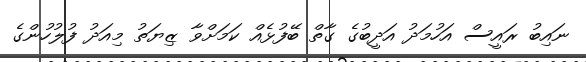
ނައިބު ރައީސް އަހުމަދު އަދީބުގެ ގާތް ބޭފުޅެއް ކަމަށްވާ ޒިޔަތު މިއަދު ފުލުހުންގެ